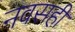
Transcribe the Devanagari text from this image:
नवसही